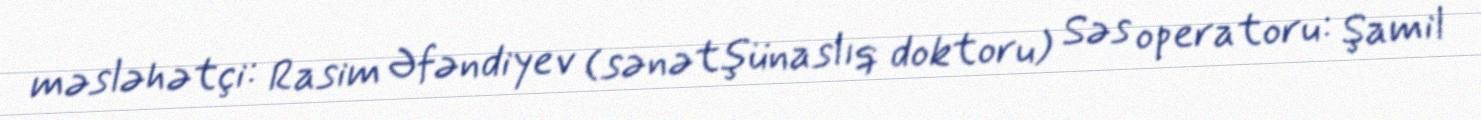
məsləhətçi: Rasim Əfəndiyev (sənətşünaslıq doktoru) Səs operatoru: Şamil